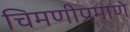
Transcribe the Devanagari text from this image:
चिमणीप्रमाणे